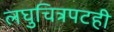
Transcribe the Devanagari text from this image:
लघुचित्रपटही